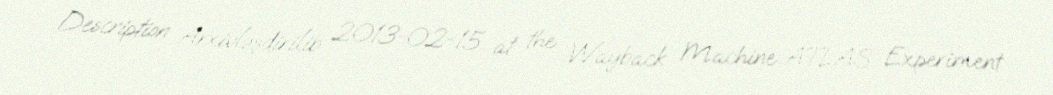
Description Arxivləşdirilib 2013-02-15 at the Wayback Machine ATLAS Experiment.